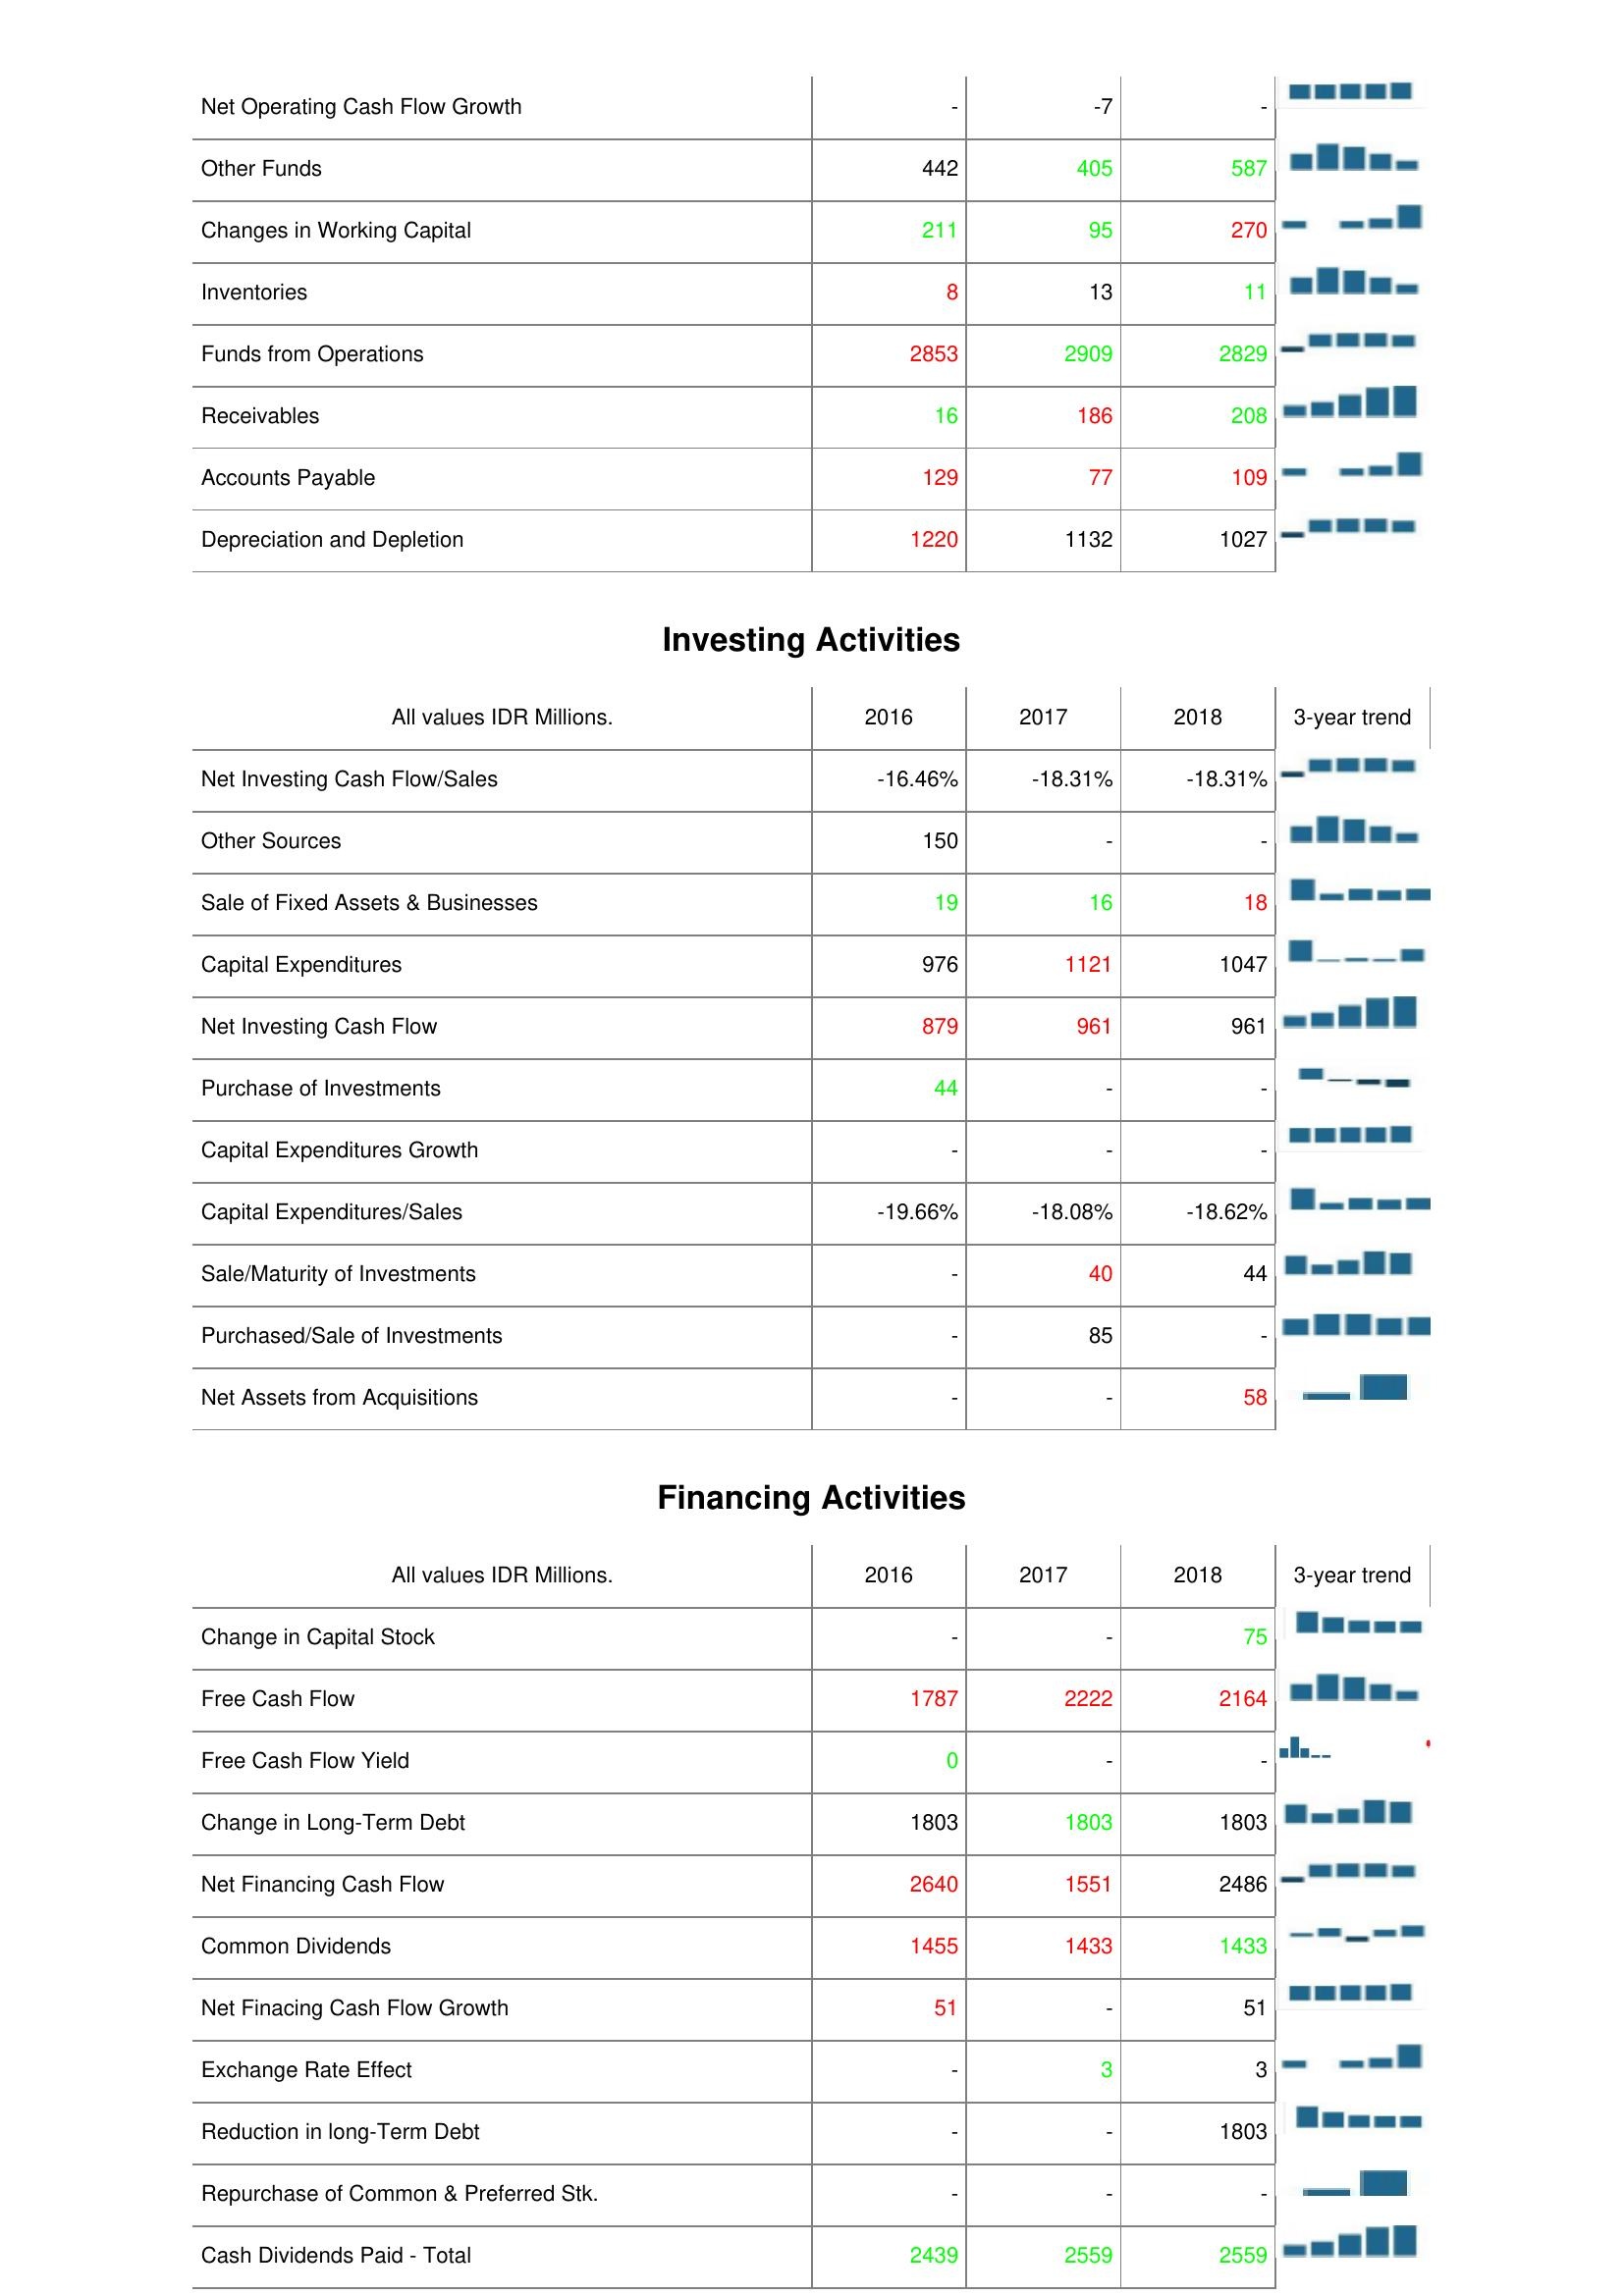
2016: Operating Activities: Net Operating Cash Flow Growth: -
Other Funds: 442
Changes in Working Capital: 211
Inventories: 8
Funds from Operations: 2853
Receivables: 16
Accounts Payable: 129
Depreciation and Depletion: 1220
Investing Activities: Net Investing Cash Flow/Sales: -16.46%
Other Sources: 150
Sale of Fixed Assets & Businesses: 19
Capital Expenditures: 976
Net Investing Cash Flow: 879
Purchase of Investments: 44
Capital Expenditures Growth: -
Capital Expenditures/Sales: -19.66%
Sale/Maturity of Investments: -
Purchased/Sale of Investments: -
Net Assets from Acquisitions: -
Financing Activities: Change in Capital Stock: -
Free Cash Flow: 1787
Free Cash Flow Yield: 0
Change in Long-Term Debt: 1803
Net Financing Cash Flow: 2640
Common Dividends: 1455
Net Finacing Cash Flow Growth: 51
Exchange Rate Effect: -
Reduction in long-Term Debt: -
Repurchase of Common & Preferred Stk.: -
Cash Dividends Paid - Total: 2439
2017: Operating Activities: Net Operating Cash Flow Growth: -7
Other Funds: 405
Changes in Working Capital: 95
Inventories: 13
Funds from Operations: 2909
Receivables: 186
Accounts Payable: 77
Depreciation and Depletion: 1132
Investing Activities: Net Investing Cash Flow/Sales: -18.31%
Other Sources: -
Sale of Fixed Assets & Businesses: 16
Capital Expenditures: 1121
Net Investing Cash Flow: 961
Purchase of Investments: -
Capital Expenditures Growth: -
Capital Expenditures/Sales: -18.08%
Sale/Maturity of Investments: 40
Purchased/Sale of Investments: 85
Net Assets from Acquisitions: -
Financing Activities: Change in Capital Stock: -
Free Cash Flow: 2222
Free Cash Flow Yield: -
Change in Long-Term Debt: 1803
Net Financing Cash Flow: 1551
Common Dividends: 1433
Net Finacing Cash Flow Growth: -
Exchange Rate Effect: 3
Reduction in long-Term Debt: -
Repurchase of Common & Preferred Stk.: -
Cash Dividends Paid - Total: 2559
2018: Operating Activities: Net Operating Cash Flow Growth: -
Other Funds: 587
Changes in Working Capital: 270
Inventories: 11
Funds from Operations: 2829
Receivables: 208
Accounts Payable: 109
Depreciation and Depletion: 1027
Investing Activities: Net Investing Cash Flow/Sales: -18.31%
Other Sources: -
Sale of Fixed Assets & Businesses: 18
Capital Expenditures: 1047
Net Investing Cash Flow: 961
Purchase of Investments: -
Capital Expenditures Growth: -
Capital Expenditures/Sales: -18.62%
Sale/Maturity of Investments: 44
Purchased/Sale of Investments: -
Net Assets from Acquisitions: 58
Financing Activities: Change in Capital Stock: 75
Free Cash Flow: 2164
Free Cash Flow Yield: -
Change in Long-Term Debt: 1803
Net Financing Cash Flow: 2486
Common Dividends: 1433
Net Finacing Cash Flow Growth: 51
Exchange Rate Effect: 3
Reduction in long-Term Debt: 1803
Repurchase of Common & Preferred Stk.: -
Cash Dividends Paid - Total: 2559